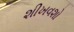
શીખવશો